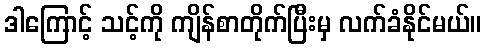
ဒါကြောင့် သင့်ကို ကျိန်စာတိုက်ပြီးမှ လက်ခံနိုင်မယ်။